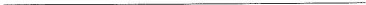
___